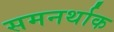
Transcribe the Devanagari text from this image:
समनर्थाक